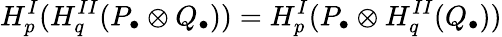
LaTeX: H_{p}^{I}(H_{q}^{II}(P_{\bullet}\otimes Q_{\bullet}))=H_{p}^{I}(P_{\bullet}\otimes H_{q}^{II}(Q_{\bullet}))